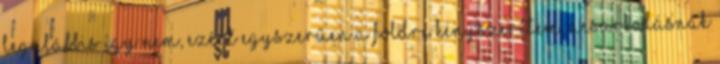
legalábbis így nem, ezért egyszerűen a földre kényszerítem, acsarkodásnak